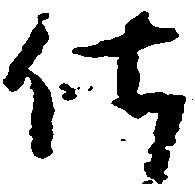
仕